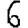
Digit: 6